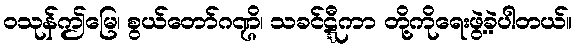
ဝသုန်ဤမြေ၊ စွယ်တော်ဂဏ္ဌိ၊ သခင်ဋ္ဋီကာ တို့ကိုရေးဖွဲ့ခဲ့ပါတယ်။